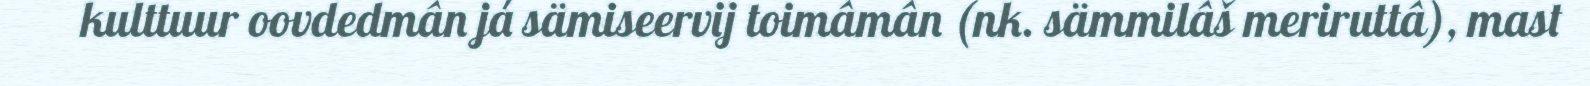
kulttuur oovdedmân já sämiseervij toimâmân (nk. sämmilâš meriruttâ), mast